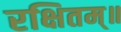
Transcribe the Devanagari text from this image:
रक्षितम्॥